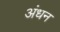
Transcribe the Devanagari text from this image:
अंधन